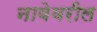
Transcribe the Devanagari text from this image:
नावेवरील